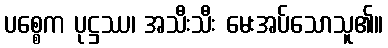
ပစ္စေက ပုဋ္ဌဿ၊ အသီးသီး မေးအပ်သောသူ၏။